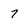
Character: 7